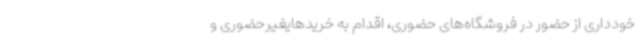
خودداری از حضور در فروشگاه‌های حضوری، اقدام به خریدهایغیرحضوری و